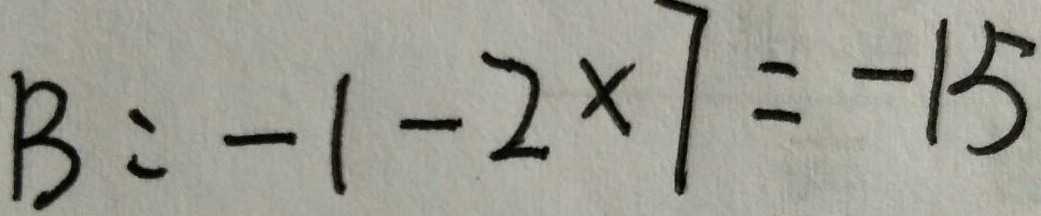
B = - 1 - 2 \times 7 = - 1 5